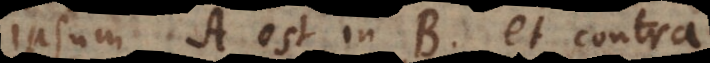
ipsum A est in B, et contra